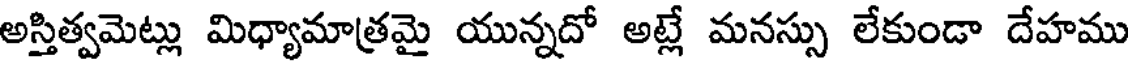
అస్తిత్వమెట్లు మిధ్యామాత్రమై యున్నదో అట్లే మనస్సు లేకుండా దేహము